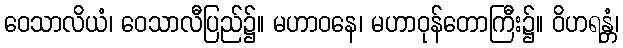
ဝေသာလိယံ၊ ဝေသာလီပြည်၌။ မဟာဝနေ၊ မဟာဝုန်တောကြီး၌။ ဝိဟရန္တံ၊